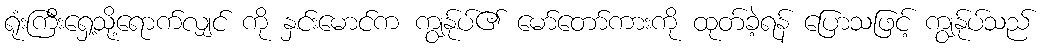
ရုံးကြီးရှေ့သို့ရောက်လျှင် ကို နှင်းမောင်က ကျွန်ုပ်၏ မော်တော်ကားကို ထုတ်ခဲ့ရန် ပြောသဖြင့် ကျွန်ုပ်သည်